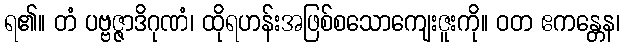
ရ၏။ တံ ပဗ္ဗဇ္ဇာဒိဂုဏံ၊ ထိုရဟန်းအဖြစ်စသောကျေးဇူးကို။ ဝတ ဧကန္တေန၊